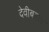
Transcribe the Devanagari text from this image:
देवीबद्दल